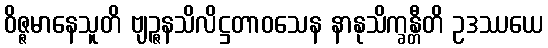
ဝိဇ္ဇမာနေသူတိ ဗျဉ္ဇနသိလိဋ္ဌတာဝသေန နာနုသိက္ခန္တီတိ ဥဒဿယေ